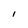
Character: I